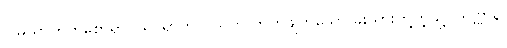
ဂါမဃာတကစောရာဝိယ၊ ရွာကိုလုယက် တိုက်ဖျက်သော ခိုးသားတို့ကဲ့သို့။ ဒဋ္ဌဗ္ဗာနိ၊